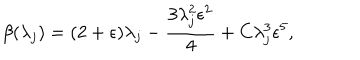
LaTeX: \beta ( \lambda _ { j } ) = ( 2 + \epsilon ) \lambda _ { j } - \frac { 3 \lambda _ { j } ^ { 2 } \epsilon ^ { 2 } } { 4 } + C \lambda _ { j } ^ { 3 } \epsilon ^ { 5 } ,